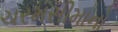
ચરમસીમાનો